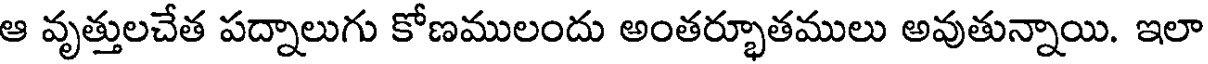
ఆ వృత్తులచేత పద్నాలుగు కోణములందు అంతర్భూతములు అవుతున్నాయి. ఇలా